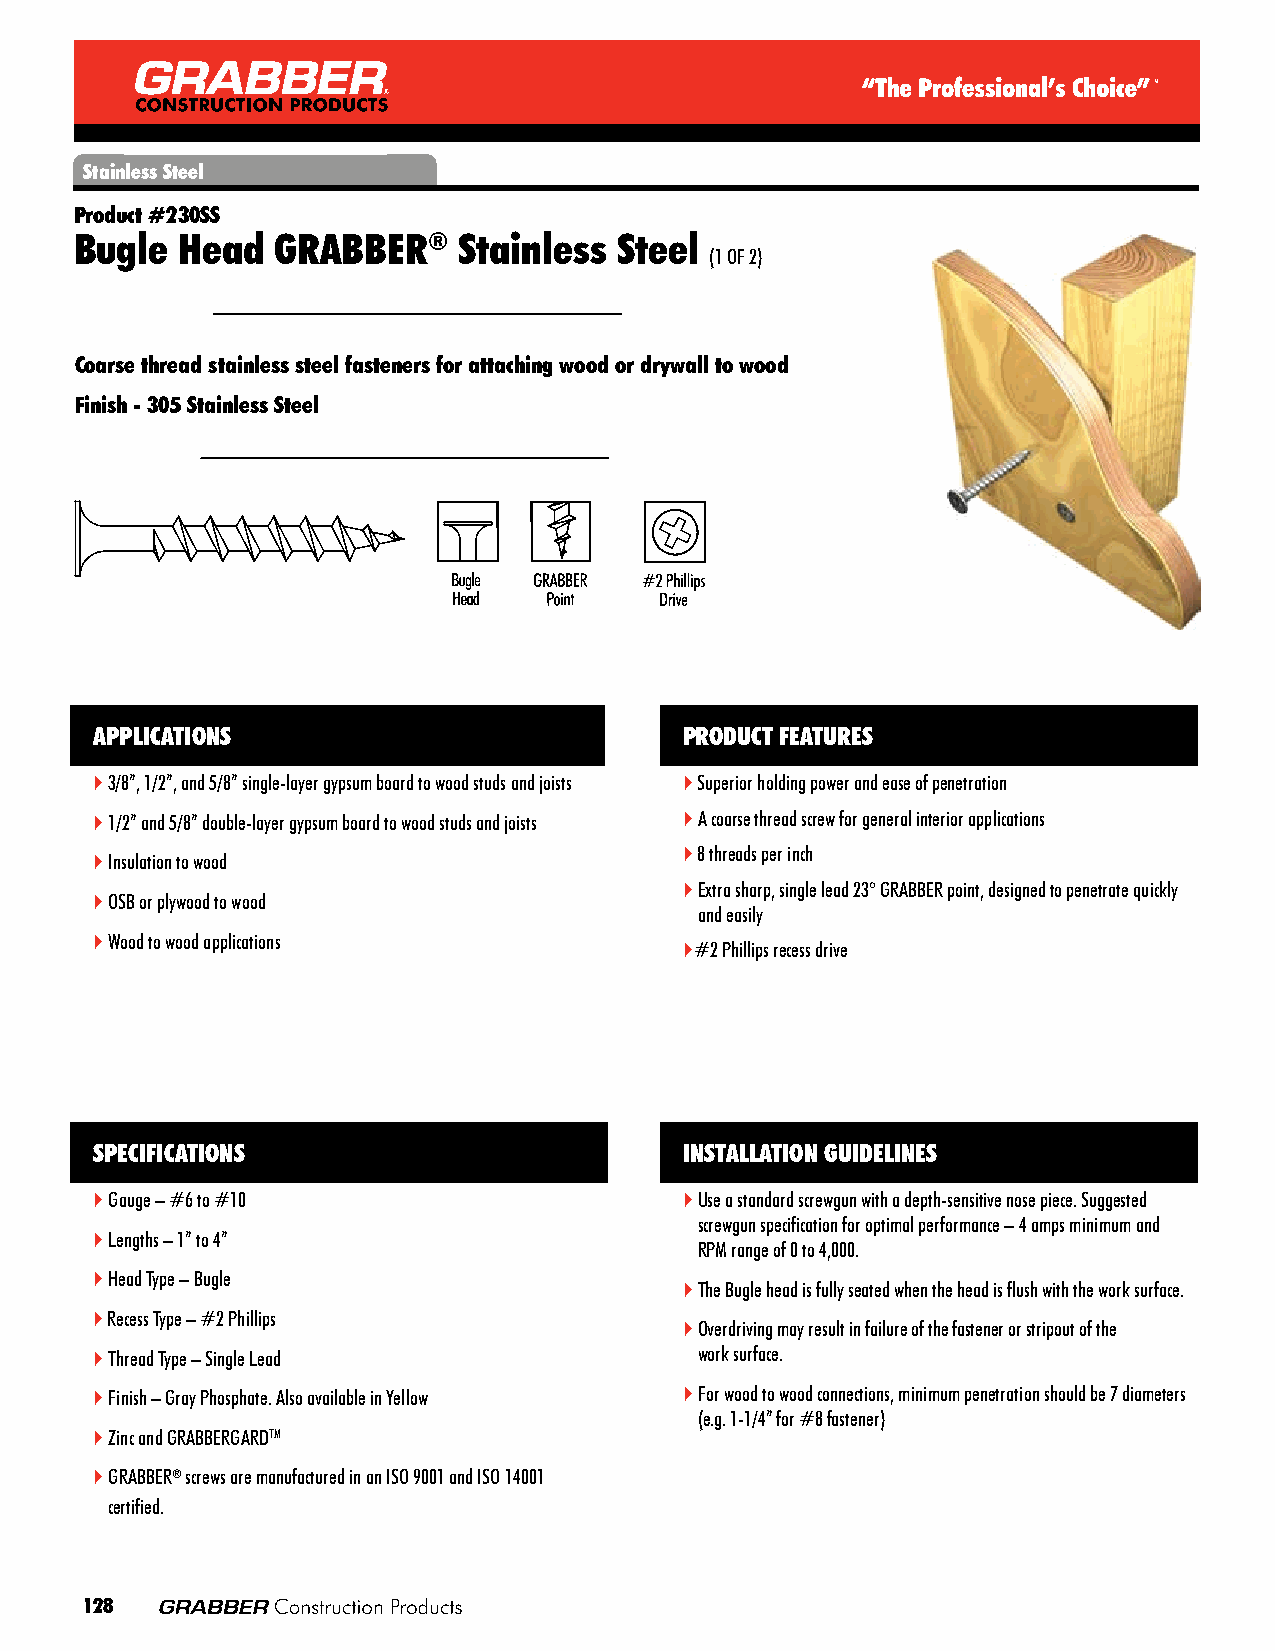
Stainless Steel
 Product #230SS
 Bugle  Head  GRABBER®    Stainless  Steel
 (1 OF 2)
 Coarse thread stainless steel fasteners for attaching wood or drywall to wood
 Finish - 305 Stainless Steel
 APPLICATIONS                           PRODUCT FEATURES
  3 /8”, 1/2”, and 5/8” single-layer gypsum board to wood studs and joists  Superior holding power and ease of penetration
  1 /2” and 5/8” double-layer gypsum board to wood studs and joists  A coarse thread screw for general interior applications
  8 threads per inch
  I nsulation to wood
  Extra sharp, single lead 23° GRABBER point, designed to penetrate quickly
  O SB or plywood to wood
 and easily
  W ood to wood applications
 #2 Phillips recess drive
 SPECIFICATIONS                         INSTALLATION GUIDELINES
  Gauge – #6 to #10                     Use a standard screwgun with a depth-sensitive nose piece. Suggested
 screwgun specification for optimal performance – 4 amps minimum and
  Lengths – 1” to 4”
 RPM range of 0 to 4,000.
  Head Type – Bugle
  The Bugle head is fully seated when the head is flush with the work surface.
  Recess Type – #2 Phillips
  Overdriving may result in failure of the fastener or stripout of the
  Thread Type – Single Lead             work surface.
  Finish – Gray Phosphate. Also available in Yellow  For wood to wood connections, minimum penetration should be 7 diameters
 (e.g. 1-1/4” for #8 fastener)
  Zinc and GRABBERGARDTM
  GRABBER® screws are manufactured in an ISO 9001 and ISO 14001
 certified.
 128